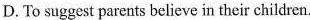
D. To suggest parents believe in their children.